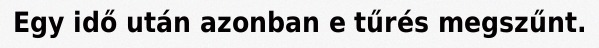
Egy idő után azonban e tűrés megszűnt.